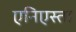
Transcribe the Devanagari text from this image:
एनिएस्ता